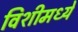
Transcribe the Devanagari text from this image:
विशीमध्ये